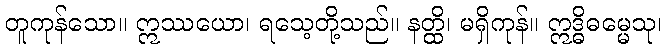
တူကုန်သော။ ဣဿယော၊ ရသေ့တို့သည်။ နတ္ထိ၊ မရှိကုန်။ ဣဒ္ဓိဓမ္မေသု၊